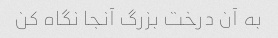
به آن درخت بزرگ آنجا نگاه کن